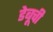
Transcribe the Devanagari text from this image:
डेबूची